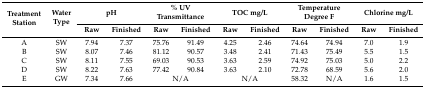
| <ROWSPAN=2> Treatment Station | <ROWSPAN=2> Water Type | <COLSPAN=2> pH | <COLSPAN=2> % UV Transmittance | <COLSPAN=2> TOC mg/L | <COLSPAN=2> Temperature Degree F | <COLSPAN=2> Chlorine mg/L |
 | Raw | Finished | Raw | Finished | Raw | Finished | Raw | Finished | Raw | Finished |
 | --- | --- | --- | --- | --- | --- | --- | --- | --- | --- | --- | --- |
 | A | SW | 7.94 | 7.37 | 75.76 | 91.49 | 4.25 | 2.46 | 74.64 | 74.94 | 7.0 | 1.9 |
 | B | SW | 8.07 | 7.46 | 81.12 | 90.57 | 3.48 | 2.41 | 71.43 | 75.49 | 5.5 | 1.5 |
 | C | SW | 8.11 | 7.55 | 69.03 | 90.53 | 3.63 | 2.59 | 74.92 | 75.03 | 5.0 | 2.2 |
 | D | SW | 8.22 | 7.63 | 77.42 | 90.84 | 3.63 | 2.10 | 72.78 | 68.59 | 5.6 | 2.0 |
 | E | GW | 7.34 | 7.66 | <COLSPAN=2> N/A | <COLSPAN=2> N/A | 58.32 | N/A | 1.6 | 1.5 |